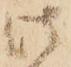
此